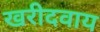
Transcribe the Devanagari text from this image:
खरीदवाय